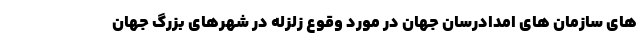
های سازمان های امدادرسان جهان در مورد وقوع زلزله در شهرهای بزرگ جهان